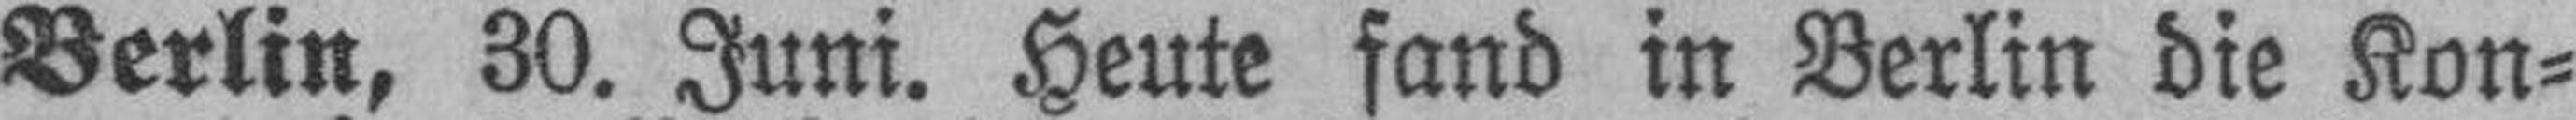
Berlin, 30. Juni. Heute fand in Berlin die Kon¬